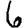
Digit: 6